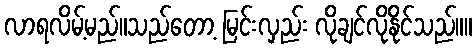
လာရလိမ့်မည်။သည်တော့ မြင်းလှည်း လိုချင်လိုနိုင်သည်။။